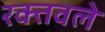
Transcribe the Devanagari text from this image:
रक्तवले